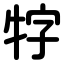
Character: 牸